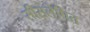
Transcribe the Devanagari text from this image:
सीसलेपित